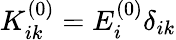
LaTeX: K_{ik}^{(0)}=E_{i}^{(0)}\delta_{ik}